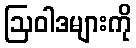
ဩဝါဒများကို